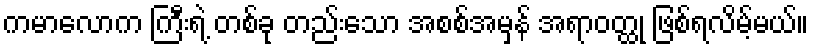
ကမာလောက ကြီးရဲ့ တစ်ခု တည်းသော အစစ်အမှန် အရာဝတ္ထု ဖြစ်ရလိမ့်မယ်။